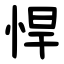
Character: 悍